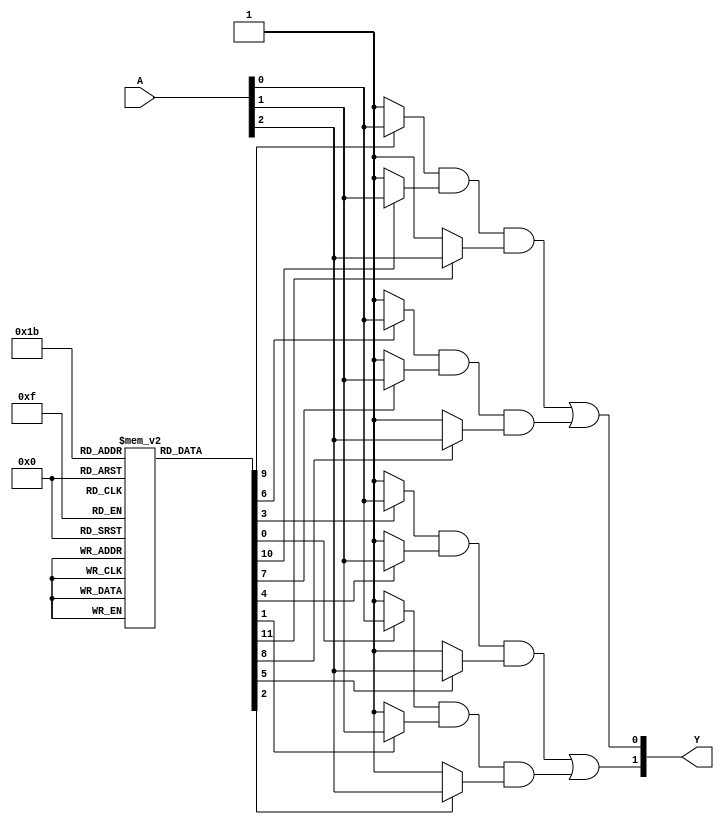
module masked_pal (
    input wire [N-1:0] A,  // Input lines (N inputs)
    output wire [M-1:0] Y  // Output lines (M outputs)
);
    parameter N = 3;  // Number of inputs
    parameter M = 2;  // Number of outputs
    parameter P = 4;  // Number of AND gates

    // Programmable AND array
    wire [P-1:0] and_out;  // Outputs from AND gates

    // Example mask configuration for AND gates
    // Each bit represents whether the corresponding input is used (1) or not (0)
    // For example, and_mask[0] = 3'b101 means A[0] and not A[1] are used for AND gate 0
    reg [N-1:0] and_mask [P-1:0];

    initial begin
        // Define the mask for each AND gate
        // Example configurations
        and_mask[0] = 3'b101;  // A[0] and not A[1]
        and_mask[1] = 3'b110;  // A[0] and A[1]
        and_mask[2] = 3'b011;  // A[1] and A[2]
        and_mask[3] = 3'b111;  // A[0], A[1], A[2]
    end

    // Generate the AND gates based on the mask
    genvar i;
    generate
        for (i = 0; i < P; i = i + 1) begin : and_gates
            assign and_out[i] = (and_mask[i][0] ? A[0] : 1'b1) &
                                (and_mask[i][1] ? A[1] : 1'b1) &
                                (and_mask[i][2] ? A[2] : 1'b1);
        end
    endgenerate

    // Fixed OR array
    assign Y[0] = and_out[0] | and_out[1];  // Output 0
    assign Y[1] = and_out[2] | and_out[3];  // Output 1

endmodule